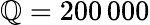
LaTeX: \mathbb{Q}=200\, 000